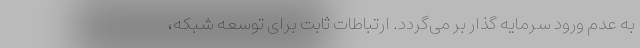
به عدم ورود سرمایه گذار بر می‌گردد. ارتباطات ثابت برای توسعه شبکه،